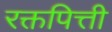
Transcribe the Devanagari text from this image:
रक्तपित्ती